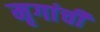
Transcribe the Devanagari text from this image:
मृगांची